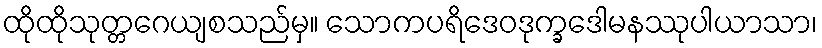
ထိုထိုသုတ္တဂေယျစသည်မှ။ သောကပရိဒေဝဒုက္ခဒေါမနဿုပါယာသာ၊